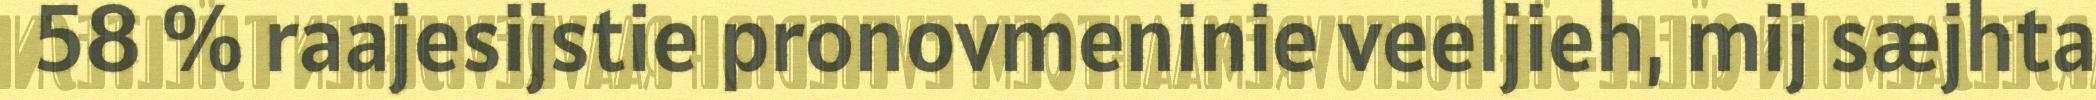
58 % raajesijstie pronovmeninie veeljieh, mij sæjhta